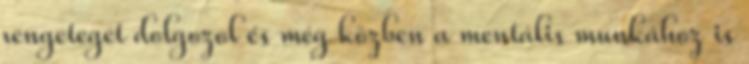
rengeteget dolgozol és még közben a mentális munkához is